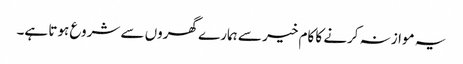
یہ موازنہ کرنے کا کام خیر سے ہمارے گھروں سے شروع ہوتا ہے۔